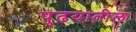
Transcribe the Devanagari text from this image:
पुढयातील